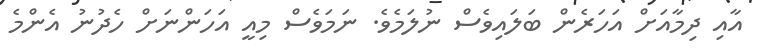
އާއި ދިމާއަށް އަހަރެން ބަލައިވެސް ނުލަމެވެ. ނަމަވެސް މިއީ އަހަންނަށް ހެދުނު އެންމެ